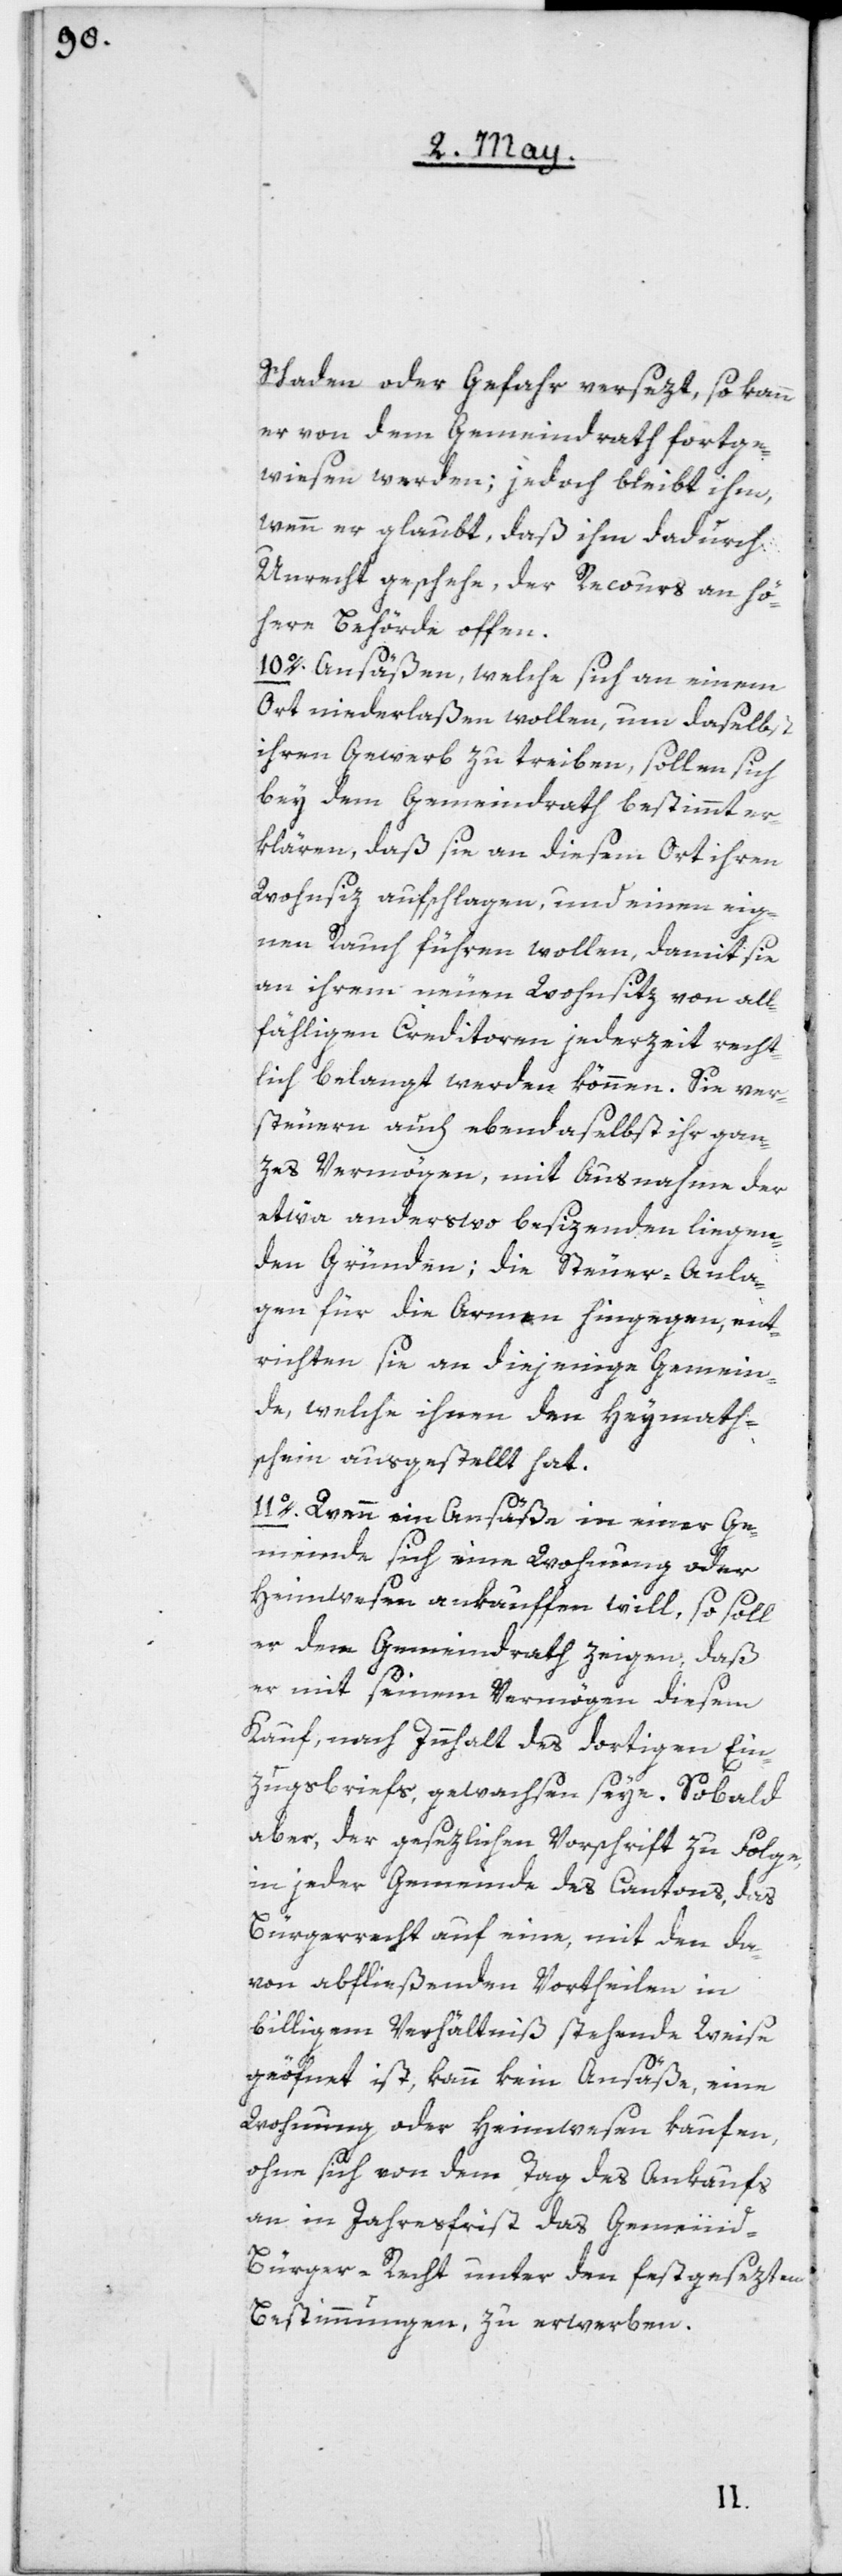
Schaden oder Gefahr versezt, so kann
er von dem Gemeindrath fortge¬
wiesen werden; jedoch bleibt ihm,
wenn er glaubt, daß ihm dadurch
Unrecht geschehe, der Recours an hö¬
here Behörde offen.
10o. Ansäßen, welche sich an einem
Ort niederlaßen wollen, um daselbst
ihren Gewerb zu treiben, sollen sich
bey dem Gemeindrath bestimmt er¬
klären, daß sie an diesem Ort ihren
Wohnsiz aufschlagen, und einen eig¬
nen Rauch führen wollen, damit sie
an ihrem neuen Wohnsitz von all¬
fähligen Creditoren jederzeit recht¬
lich belangt werden können. Sie ver¬
steuern auch ebendaselbst ihr gan¬
zes Vermögen, mit Ausnahme der
etwa anderswo besizenden liegen¬
den Gründen; die Steuer-Anla¬
gen für die Armen hingegen, ent¬
richten sie an diejenige Gemein¬
de, welche ihnen den Heymath¬
schein ausgestellt hat.
11o. Wenn ein Ansäße in einer Ge¬
meinde sich eine Wohnung oder
Heimwesen ankaufen will, so soll
er dem Gemeindrath zeigen, daß
er mit seinem Vermögen diesem
Kauf, nach Innhalt des dortigen Ein¬
zugsbriefs, gewachsen seye. Sobald
aber der gesezlichen Vorschrift zu Folge,
in jeder Gemeinde des Cantons, das
Bürgerrecht auf eine, mit den da¬
von abfließenden Vortheilen in
billigem Verhältniß stehende Weise
geöffnet ist, kann kein Ansäße, eine
Wohnung oder Heimwesen kaufen,
ohne sich von dem Tag des Ankaufs
an in Jahresfrist das Gemeind-B¬
ürger-Recht, unter den festgesezten
Bestimmungen, zu erwerben.